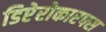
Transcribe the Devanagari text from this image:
डिप्टेरोकारपस